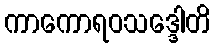
ကာကောရဝသဒ္ဒေါတိ